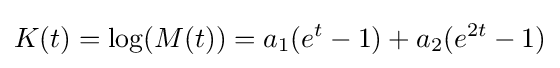
K(t)=\log(M(t))=a_{1}(e^{t}-1)+a_{2}(e^{2t}-1)